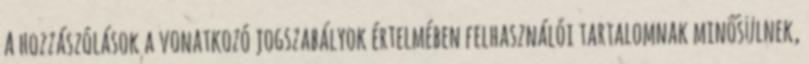
A hozzászólások a vonatkozó jogszabályok értelmében felhasználói tartalomnak minősülnek,